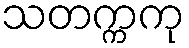
သတက္ကကု